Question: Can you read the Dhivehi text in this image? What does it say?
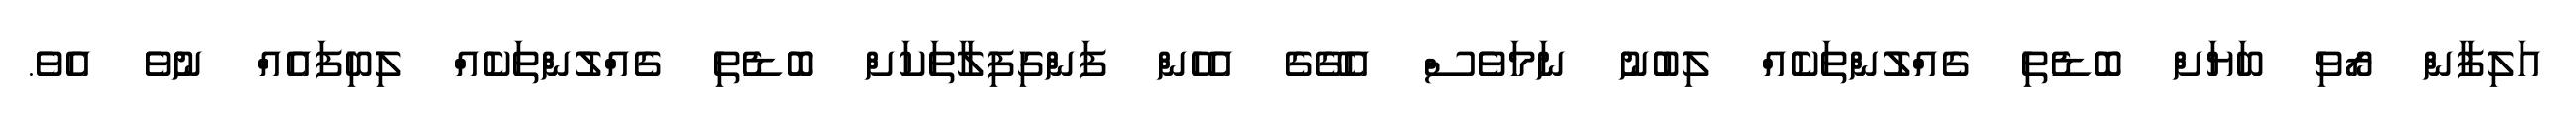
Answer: އަލިފާން ރޯވި ބަޔަށް ބޮޑެތި ގެއްލުންތަކެއް ލިބުނު ނަމަވެސް އެގޭގެ އެހެން ފަންގިފިލާތަކަށް ބޮޑެތި ގެއްލުންތަކެއް ލިބިފައެއް ނުވެ އެވެ.